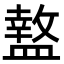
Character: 盩